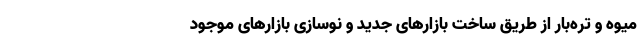
میوه و تره‌بار از طریق ساخت بازارهای جدید و نوسازی بازارهای موجود